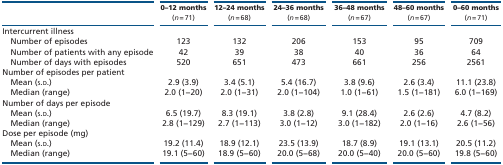
<table><thead><tr><td></td><td><b>0–12 months (<i>n</i> = 71)</b></td><td><b>12–24 months (<i>n</i> = 68)</b></td><td><b>24–36 months (<i>n</i> = 68)</b></td><td><b>36–48 months (<i>n</i> = 67)</b></td><td><b>48–60 months (<i>n</i> = 67)</b></td><td><b>0–60 months (<i>n</i> = 71)</b></td></tr></thead><tbody><tr><td colspan="7">Intercurrent illness</td></tr><tr><td> Number of episodes</td><td>123</td><td>132</td><td>206</td><td>153</td><td>95</td><td>709</td></tr><tr><td> Number of patients with any episode</td><td>42</td><td>39</td><td>38</td><td>40</td><td>36</td><td>64</td></tr><tr><td> Number of days with episodes</td><td>520</td><td>651</td><td>473</td><td>661</td><td>256</td><td>2561</td></tr><tr><td colspan="7">Number of episodes per patient</td></tr><tr><td> Mean (s.d.)</td><td>2.9 (3.9)</td><td>3.4 (5.1)</td><td>5.4 (16.7)</td><td>3.8 (9.6)</td><td>2.6 (3.4)</td><td>11.1 (23.8)</td></tr><tr><td> Median (range)</td><td>2.0 (1−20)</td><td>2.0 (1−31)</td><td>2.0 (1−104)</td><td>1.0 (1−61)</td><td>1.5 (1−181)</td><td>6.0 (1−169)</td></tr><tr><td colspan="7">Number of days per episode</td></tr><tr><td> Mean (s.d.)</td><td>6.5 (19.7)</td><td>8.3 (19.1)</td><td>3.8 (2.8)</td><td>9.1 (28.4)</td><td>2.6 (2.6)</td><td>4.7 (8.2)</td></tr><tr><td> Median (range)</td><td>2.8 (1−129)</td><td>2.7 (1−113)</td><td>3.0 (1−12)</td><td>3.0 (1−182)</td><td>2.0 (1−16)</td><td>2.6 (1−56)</td></tr><tr><td colspan="7">Dose per episode (mg)</td></tr><tr><td> Mean (s.d.)</td><td>19.2 (11.4)</td><td>18.9 (12.1)</td><td>23.5 (13.9)</td><td>18.7 (8.9)</td><td>19.1 (13.1)</td><td>20.5 (11.2)</td></tr><tr><td> Median (range)</td><td>19.1 (5−60)</td><td>18.9 (5−60)</td><td>20.0 (5−68)</td><td>20.0 (5−40)</td><td>20.0 (5−60)</td><td>19.8 (5−60)</td></tr></tbody></table>